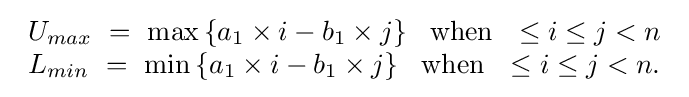
{\begin{array}{lcr}U_{max}\ =\ \max \left\{a_{1}\times i-b_{1}\times j\right\}~~{\textrm {when}}~~\leq i\leq j<n\\L_{min}\ =\ \min \left\{a_{1}\times i-b_{1}\times j\right\}~~{\textrm {when}}~~\leq i\leq j<n.\\\end{array}}